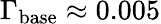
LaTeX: \Gamma_{\mathrm{base}}\approx 0.005